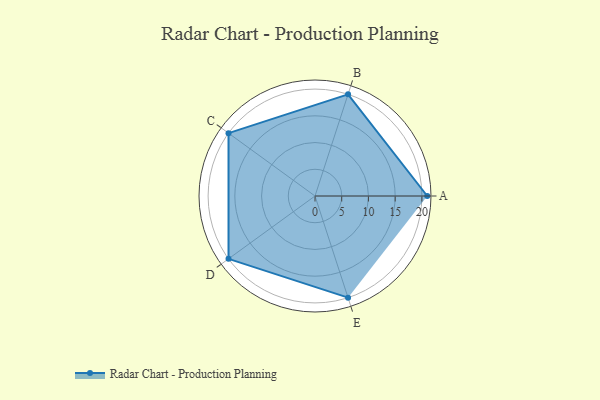
{"axis": {"x": "Skill", "y": "Score"}, "legend": ["Profile"], "data": [{"x": "A", "y": 21.0, "type": "Profile"}, {"x": "B", "y": 20, "type": "Profile"}, {"x": "C", "y": 20, "type": "Profile"}, {"x": "D", "y": 20, "type": "Profile"}, {"x": "E", "y": 20, "type": "Profile"}]}